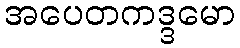
အပေတကဒ္ဒမော